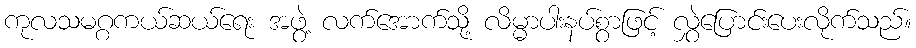
ကုလသမဂ္ဂကယ်ဆယ်ရေး အဖွဲ့ လက်အောက်သို့ လိမ္မာပါးနပ်စွာဖြင့် လွှဲပြောင်းပေးလိုက်သည်။